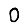
Digit: 0